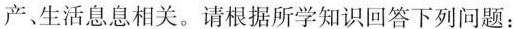
产、生活息息相关。请根据所学知识回答下列问题：